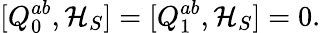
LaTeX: [Q_{0}^{ab},{\cal H}_{S}]=[Q_{1}^{ab},{\cal H}_{S}]=0.